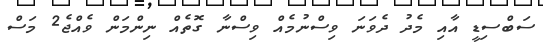
ސަބްސިޑީ އާއި މެދު ދެވަނަ ވިސްނުމެއް ވިސްނާ ގޮތެއް ނިންމަން ވެއްޖެ2 މަސް